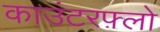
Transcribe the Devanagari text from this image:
काउंटरफ़्लो